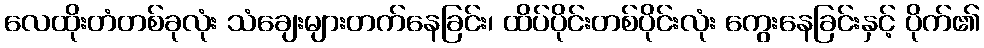
လေထိုးတံတစ်ခုလုံး သံချေးများတက်နေခြင်း၊ ထိပ်ပိုင်းတစ်ပိုင်းလုံး ကွေးနေခြင်းနှင့် ပိုက်၏